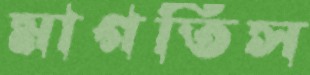
মাগতিস